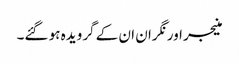
منیجر اور نگران ان کے گرویدہ ہو گئے۔